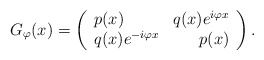
\begin{align*}G_{\varphi}(x) = \left(\begin{array}{lr}p(x) & q(x) e^{i \varphi x} \\ q(x) e^{-i \varphi x} & p(x) \end{array} \right).\end{align*}